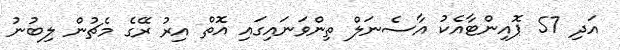
އަދި 57 ޕޮއިންޓާއެކު އާސެނަލް ތިންވަނައިގައި އޮތް އިރު ރޭގެ މެޗުން ލިބުނު